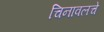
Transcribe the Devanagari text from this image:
चिनावलचे